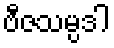
ဗီဇသမ္ပဒါ